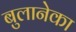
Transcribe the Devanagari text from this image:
बुलानेका